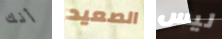
أنك الصعيد ليس